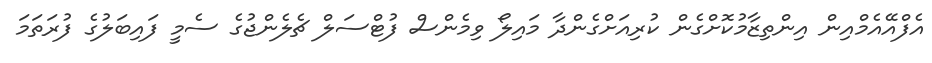
އެފްއޭއެމްއިން އިންތިޒާމުކޮށްގެން ކުރިއަށްގެންދާ މައިލޯ ވިމެންސް ފުޓްސަލް ޗެލެންޖުގެ ސެމީ ފައިބަލުގެ ފުރަތަމަ